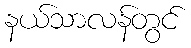
နယ်သာလန်တွင်